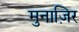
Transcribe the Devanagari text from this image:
मुनाज़िर